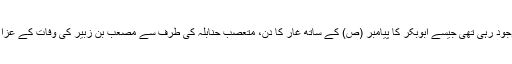
اس زمانے کے دوران فرقوں کے درمیان مختلف ایام منانے کی نزاع موجود رہی تھی جیسے ابوبکر کا پیامبر (ص) کے ساتھ غار کا دن، متعصب حنابلہ کی طرف سے مصعب بن زبیر کی وفات کے عزا کا دن، شیعوں کی طرف سے عید غدیر اور عاشورا منانے کا دن وغیرہ۔